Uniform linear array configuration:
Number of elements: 32
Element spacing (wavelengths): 1
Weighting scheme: binomial
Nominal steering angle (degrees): -15
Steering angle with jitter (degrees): -14.312
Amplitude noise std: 0.05
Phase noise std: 0.05

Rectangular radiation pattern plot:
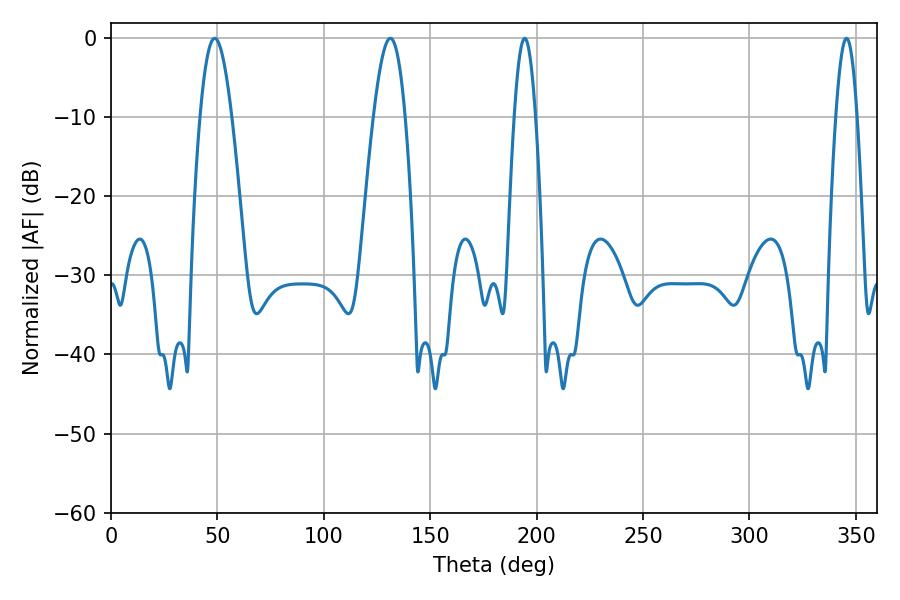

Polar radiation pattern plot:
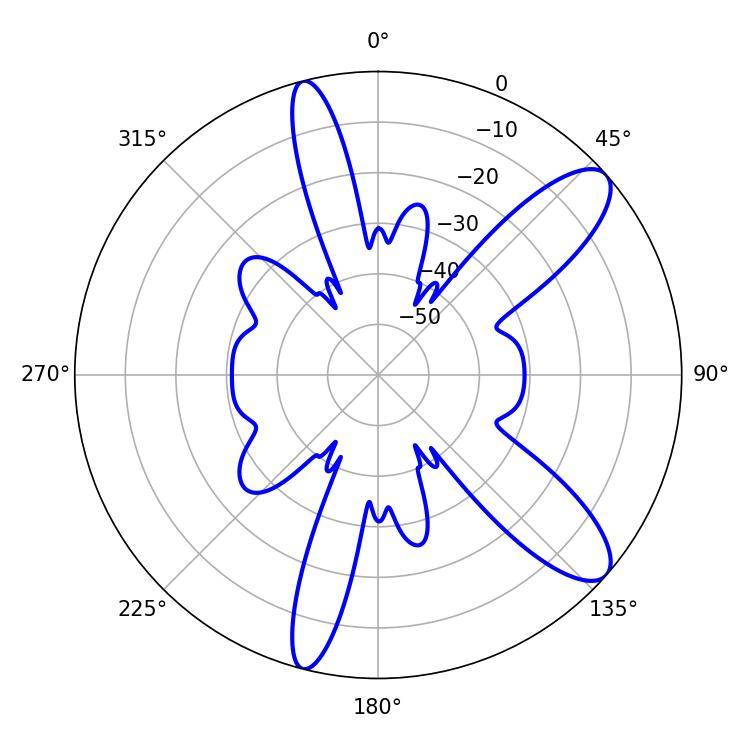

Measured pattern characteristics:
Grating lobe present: TRUE
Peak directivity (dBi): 10.496
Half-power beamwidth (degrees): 5.4
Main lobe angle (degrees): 194.4